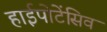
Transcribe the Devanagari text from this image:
हाईपोटेंसिव